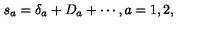
s _ { a } = \delta _ { a } + D _ { a } + \cdots , a = 1 , 2 ,